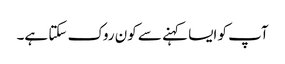
آپ کو ایسا کہنے سے کون روک سکتا ہے۔